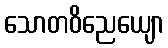
သောတဝိညေယျော